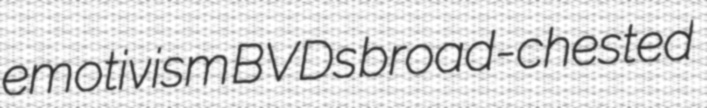
emotivism BVDs broad-chested